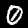
Digit: 0